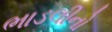
ભાડલીનો